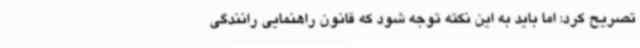
تصریح کرد: اما باید به این نکته توجه شود که قانون راهنمایی رانندگی